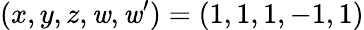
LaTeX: (x,y,z,\mathit{w},\mathit{w}^{\prime})=(1,1,1,-1,1)